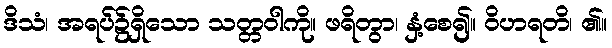
ဒိသံ၊ အရပ်၌ရှိသော သတ္တဝါကို။ ဖရိတွာ၊ နှံ့စေ၍။ ဝိဟရတိ၊ ၏။